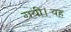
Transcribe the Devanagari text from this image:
गयी।यह